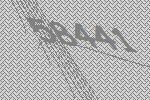
58441